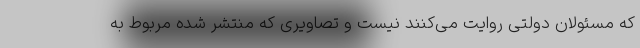
که مسئولان دولتی روایت می‌کنند نیست و تصاویری که منتشر شده مربوط به